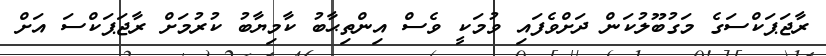
ރާޖަޕަކްސަގެ މަގުބޫލުކަން ދަށްވެފައި ވުމަކީ ވެސް އިންތިޙާބު ކާމިޔާބު ކުރުމަށް ރާޖަޕަކްސަ އަށް